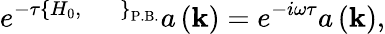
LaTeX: e^{-\tau\left\{ H_{0},\; \; \; \; \; \right\} _{\mathrm{P.B.}}}a\left({\mathbf k}\right)=e^{-i\omega\tau}a\left({\mathbf k}\right),